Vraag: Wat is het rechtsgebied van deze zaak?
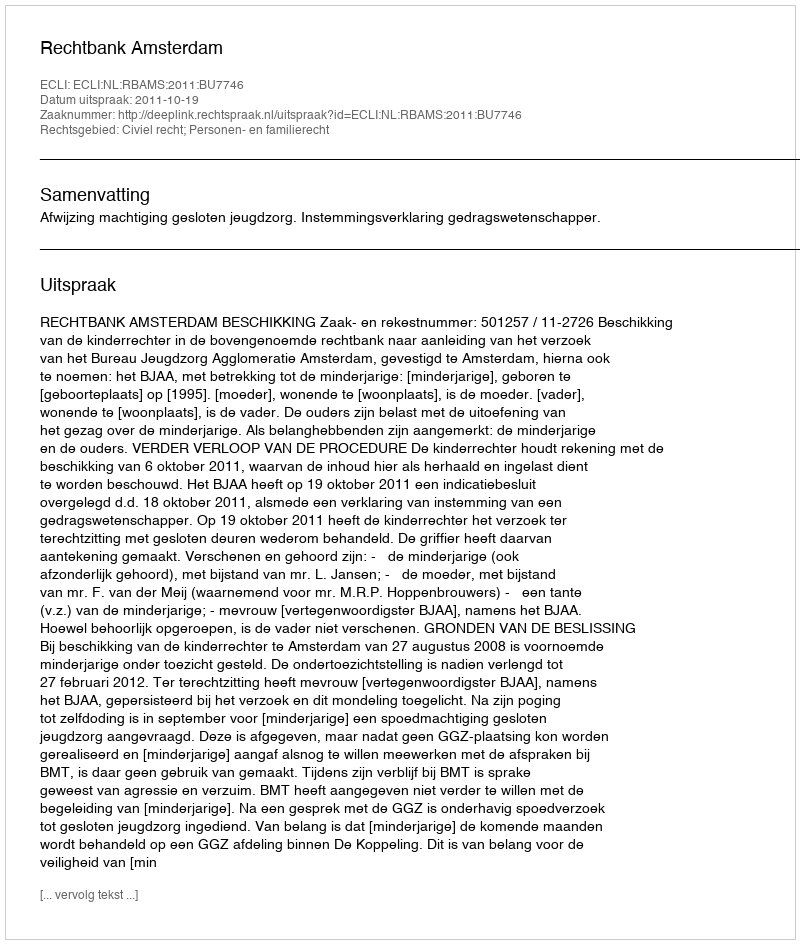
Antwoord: Civiel recht; Personen- en familierecht